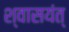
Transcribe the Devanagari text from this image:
श्वासयंत्